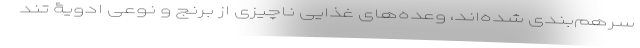
سرهم‌بندی شده‌اند، وعده‌های غذایی ناچیزی از برنج و نوعی ادویۀ تند